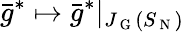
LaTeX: \bar{g}^{*}\mapsto\bar{g}^{*}\vert_{J_{\mathrm{~G~}}(S_{\mathrm{~N~}})}